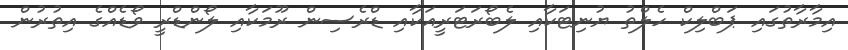
އިމާރާތުގައި ޕަބްލިކް ހެލްތު ޔުނިޓަކާއި ލެބޯރަޓަރީއަކާއި ޑްރެސިން ރޫމަކާއި ލޯންޑްރީ ވޯޑެއްގެ އިތުރުން